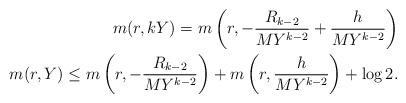
LaTeX: \begin{align*}m(r,kY)= m\left(r,-\frac{R_{k-2}}{MY^{k-2}} + \frac{h}{MY^{k-2}}\right)\\ m(r,Y)\leq m\left(r,-\frac{R_{k-2}}{MY^{k-2}} \right) +m\left( r,\frac{h}{MY^{k-2}}\right) +\log 2.\\&\end{align*}